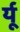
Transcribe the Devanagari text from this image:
र्यू